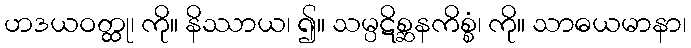
ဟဒယဝတ္ထု၊ ကို။ နိဿာယ၊ ၍။ သမ္ပဋိစ္ဆနကိစ္စံ၊ ကို။ သာဓယမာနာ၊